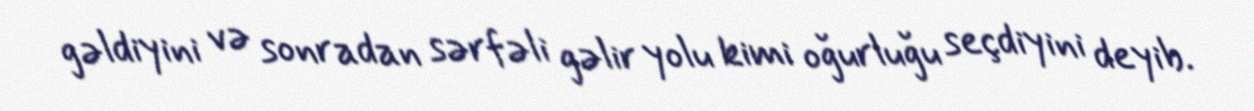
gəldiyini və sonradan sərfəli gəlir yolu kimi oğurluğu seçdiyini deyib.